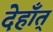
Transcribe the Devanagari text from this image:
देहाँत्